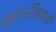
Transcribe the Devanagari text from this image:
शताऊजियाओं